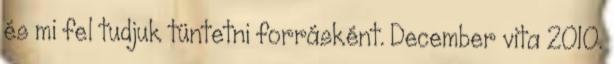
és mi fel tudjuk tüntetni forrásként. December vita 2010.